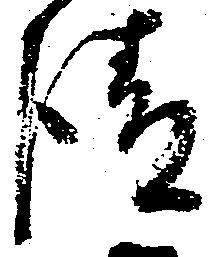
請